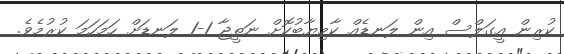
ކުރިން އީގަލްސް އިން ލަނޑެއް ކާމިޔާބުކޮށް ނަތީޖާ 1-1 ލަނޑަށް ހަމަހަމަ ކުރުމެވެ.